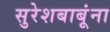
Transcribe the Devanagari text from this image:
सुरेशबाबूंना